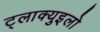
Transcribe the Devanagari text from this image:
ट्लाक्युइलो